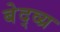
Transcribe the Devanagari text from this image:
बेद्व्य्र